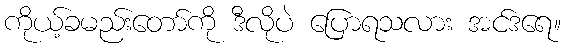
ကိုယ့်ခမည်းတော်ကို ဒီလိုပဲ ပြောရသလား အင်ဒရေ။